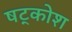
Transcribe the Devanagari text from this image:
षट्कोश